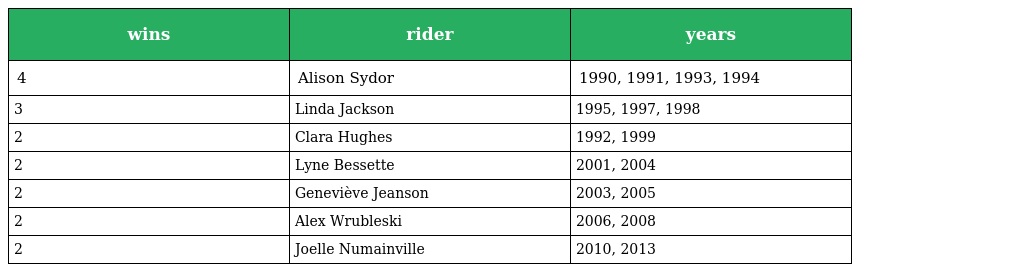
| wins | rider | years |
 | --- | --- | --- |
 | 4 | Alison Sydor | 1990, 1991, 1993, 1994 |
 | 3 | Linda Jackson | 1995, 1997, 1998 |
 | 2 | Clara Hughes | 1992, 1999 |
 | 2 | Lyne Bessette | 2001, 2004 |
 | 2 | Geneviève Jeanson | 2003, 2005 |
 | 2 | Alex Wrubleski | 2006, 2008 |
 | 2 | Joelle Numainville | 2010, 2013 |